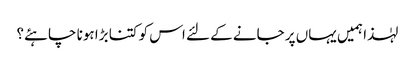
لہٰذا ہمیں یہاں پر جانے کے لئے اس کو کتنا بڑا ہونا چاہئے؟